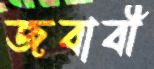
জবাবী